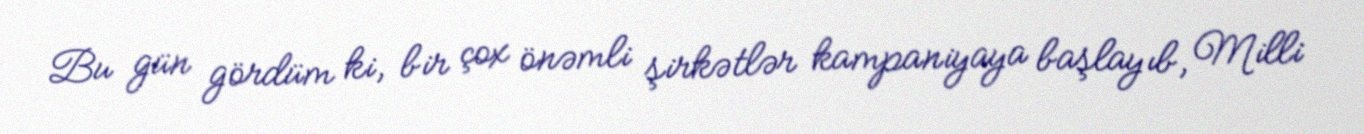
Bu gün gördüm ki, bir çox önəmli şirkətlər kampaniyaya başlayıb, Milli